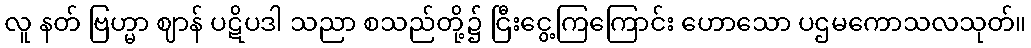
လူ နတ် ဗြဟ္မာ ဈာန် ပဋိပဒါ သညာ စသည်တို့၌ ငြီးငွေ့ကြကြောင်း ဟောသော ပဌမကောသလသုတ်။